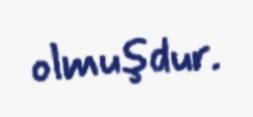
olmuşdur.